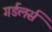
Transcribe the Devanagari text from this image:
गर्डलर्स